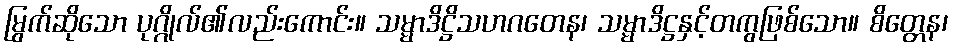
မြွက်ဆိုသော ပုဂ္ဂိုလ်၏လည်းကောင်း။ သမ္မာဒိဋ္ဌိသဟဂတေန၊ သမ္မာဒိဋ္ဌနှင့်တကွဖြစ်သော။ စိတ္တေန၊